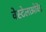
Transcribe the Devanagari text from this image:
वेस्टेलाओवेंड